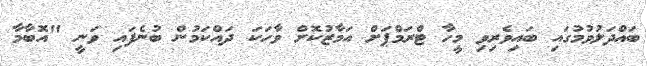
ބައްދަލުވުމުގައި ބައިވެރިވި މީހާ ޓްރަމްޕަށް އަމާޒުކޮށް ވާހަކަ ދައްކަމުން ބުނެފައި ވަނީ "އޮބާމާ